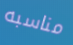
مناسبه